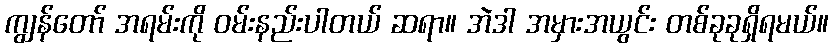
ကျွန်တော် အရမ်းကို ဝမ်းနည်းပါတယ် ဆရာ။ အဲဒါ အမှားအယွင်း တစ်ခုခုရှိရမယ်။